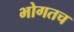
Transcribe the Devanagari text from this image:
भोगतच